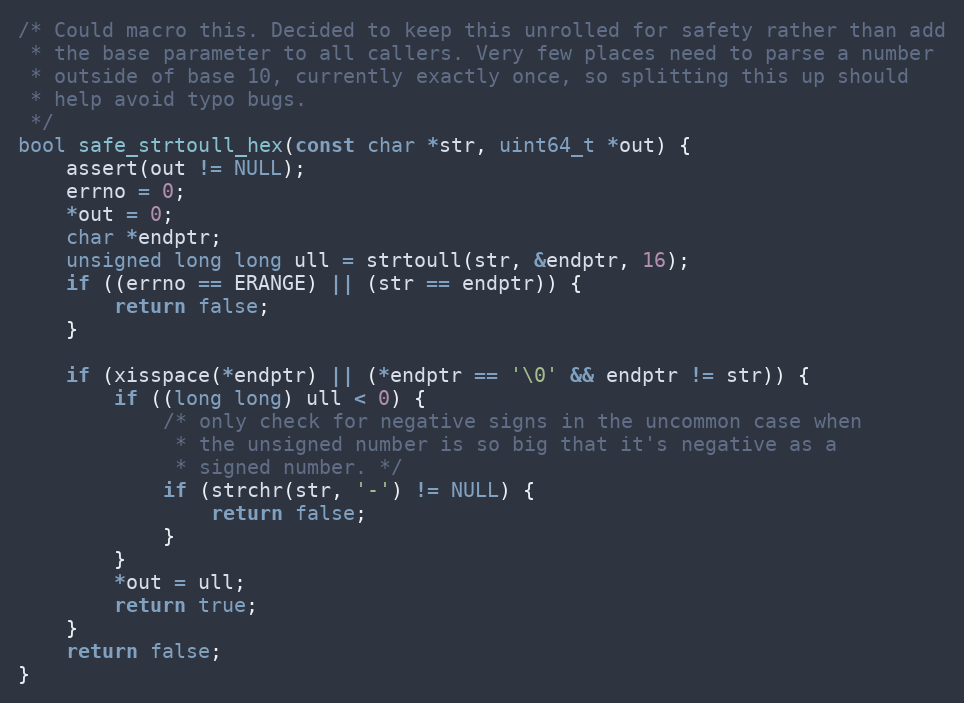
Language: C
/* Could macro this. Decided to keep this unrolled for safety rather than add
 * the base parameter to all callers. Very few places need to parse a number
 * outside of base 10, currently exactly once, so splitting this up should
 * help avoid typo bugs.
 */
bool safe_strtoull_hex(const char *str, uint64_t *out) {
    assert(out != NULL);
    errno = 0;
    *out = 0;
    char *endptr;
    unsigned long long ull = strtoull(str, &endptr, 16);
    if ((errno == ERANGE) || (str == endptr)) {
        return false;
    }

    if (xisspace(*endptr) || (*endptr == '\0' && endptr != str)) {
        if ((long long) ull < 0) {
            /* only check for negative signs in the uncommon case when
             * the unsigned number is so big that it's negative as a
             * signed number. */
            if (strchr(str, '-') != NULL) {
                return false;
            }
        }
        *out = ull;
        return true;
    }
    return false;
}